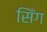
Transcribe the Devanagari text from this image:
सिँग